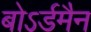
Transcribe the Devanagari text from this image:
बोऽर्डमैन